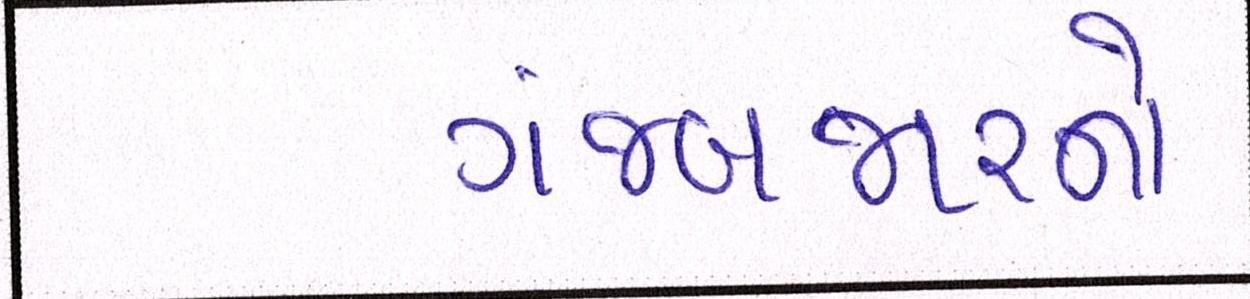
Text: ગંજબજારનો